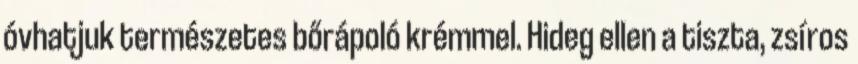
óvhatjuk természetes bőrápoló krémmel. Hideg ellen a tiszta, zsíros